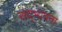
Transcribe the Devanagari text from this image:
सद्‌भावना